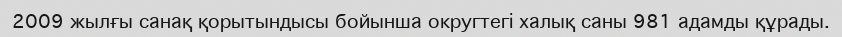
2009 жылғы санақ қорытындысы бойынша округтегі халық саны 981 адамды құрады.